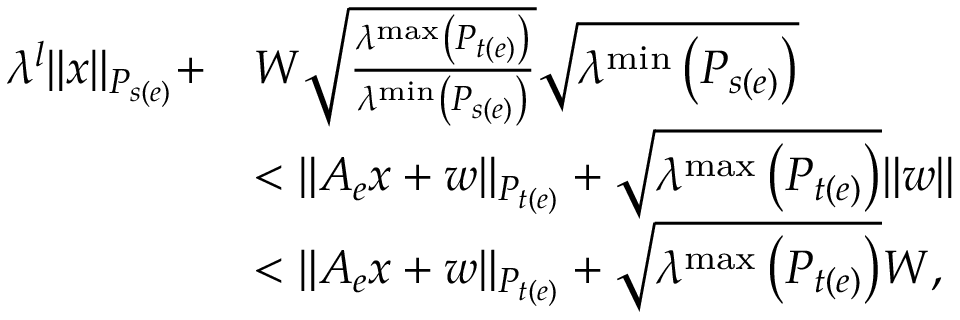
\begin{array} { r l } { \lambda ^ { l } \| x \| _ { P _ { s ( e ) } } + } & { W \sqrt { \frac { \lambda ^ { \operatorname* { m a x } } \left( P _ { t ( e ) } \right) } { \lambda ^ { \operatorname* { m i n } } \left( P _ { s ( e ) } \right) } } \sqrt { \lambda ^ { \operatorname* { m i n } } \left( P _ { s ( e ) } \right) } } \\ & { < \| A _ { e } x + w \| _ { P _ { t ( e ) } } + \sqrt { \lambda ^ { \operatorname* { m a x } } \left( P _ { t ( e ) } \right) } \| w \| } \\ & { < \| A _ { e } x + w \| _ { P _ { t ( e ) } } + \sqrt { \lambda ^ { \operatorname* { m a x } } \left( P _ { t ( e ) } \right) } W , } \end{array}